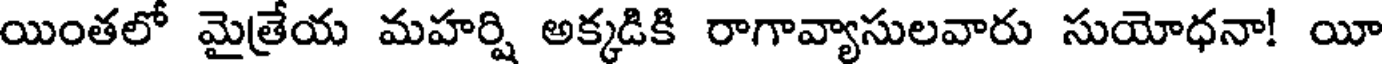
యింతలో మైత్రేయ మహర్షి అక్కడికి రాగావ్యాసులవారు సుయోధనా! యీ